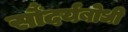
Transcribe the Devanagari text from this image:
सौंदर्यबोधी